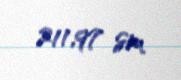
211,97 sm